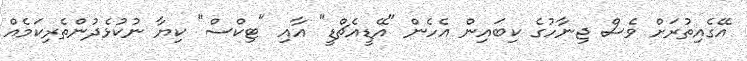
އޭގެއިތުރަށް ވެސް ޖިނާހުގެ ކިބައިން އެހެން "އޭޑީއެޗްޑީ" އާއި "ޓިކްސް" ކިޔާ ނުކުޅެދުންތެރިކަމެއް